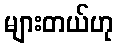
များတယ်ဟု